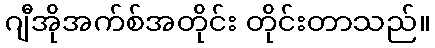
ဂျီအိုအက်စ်အတိုင်း တိုင်းတာသည်။